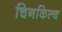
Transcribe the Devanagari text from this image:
चिनकिल्च